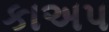
કાઅપ